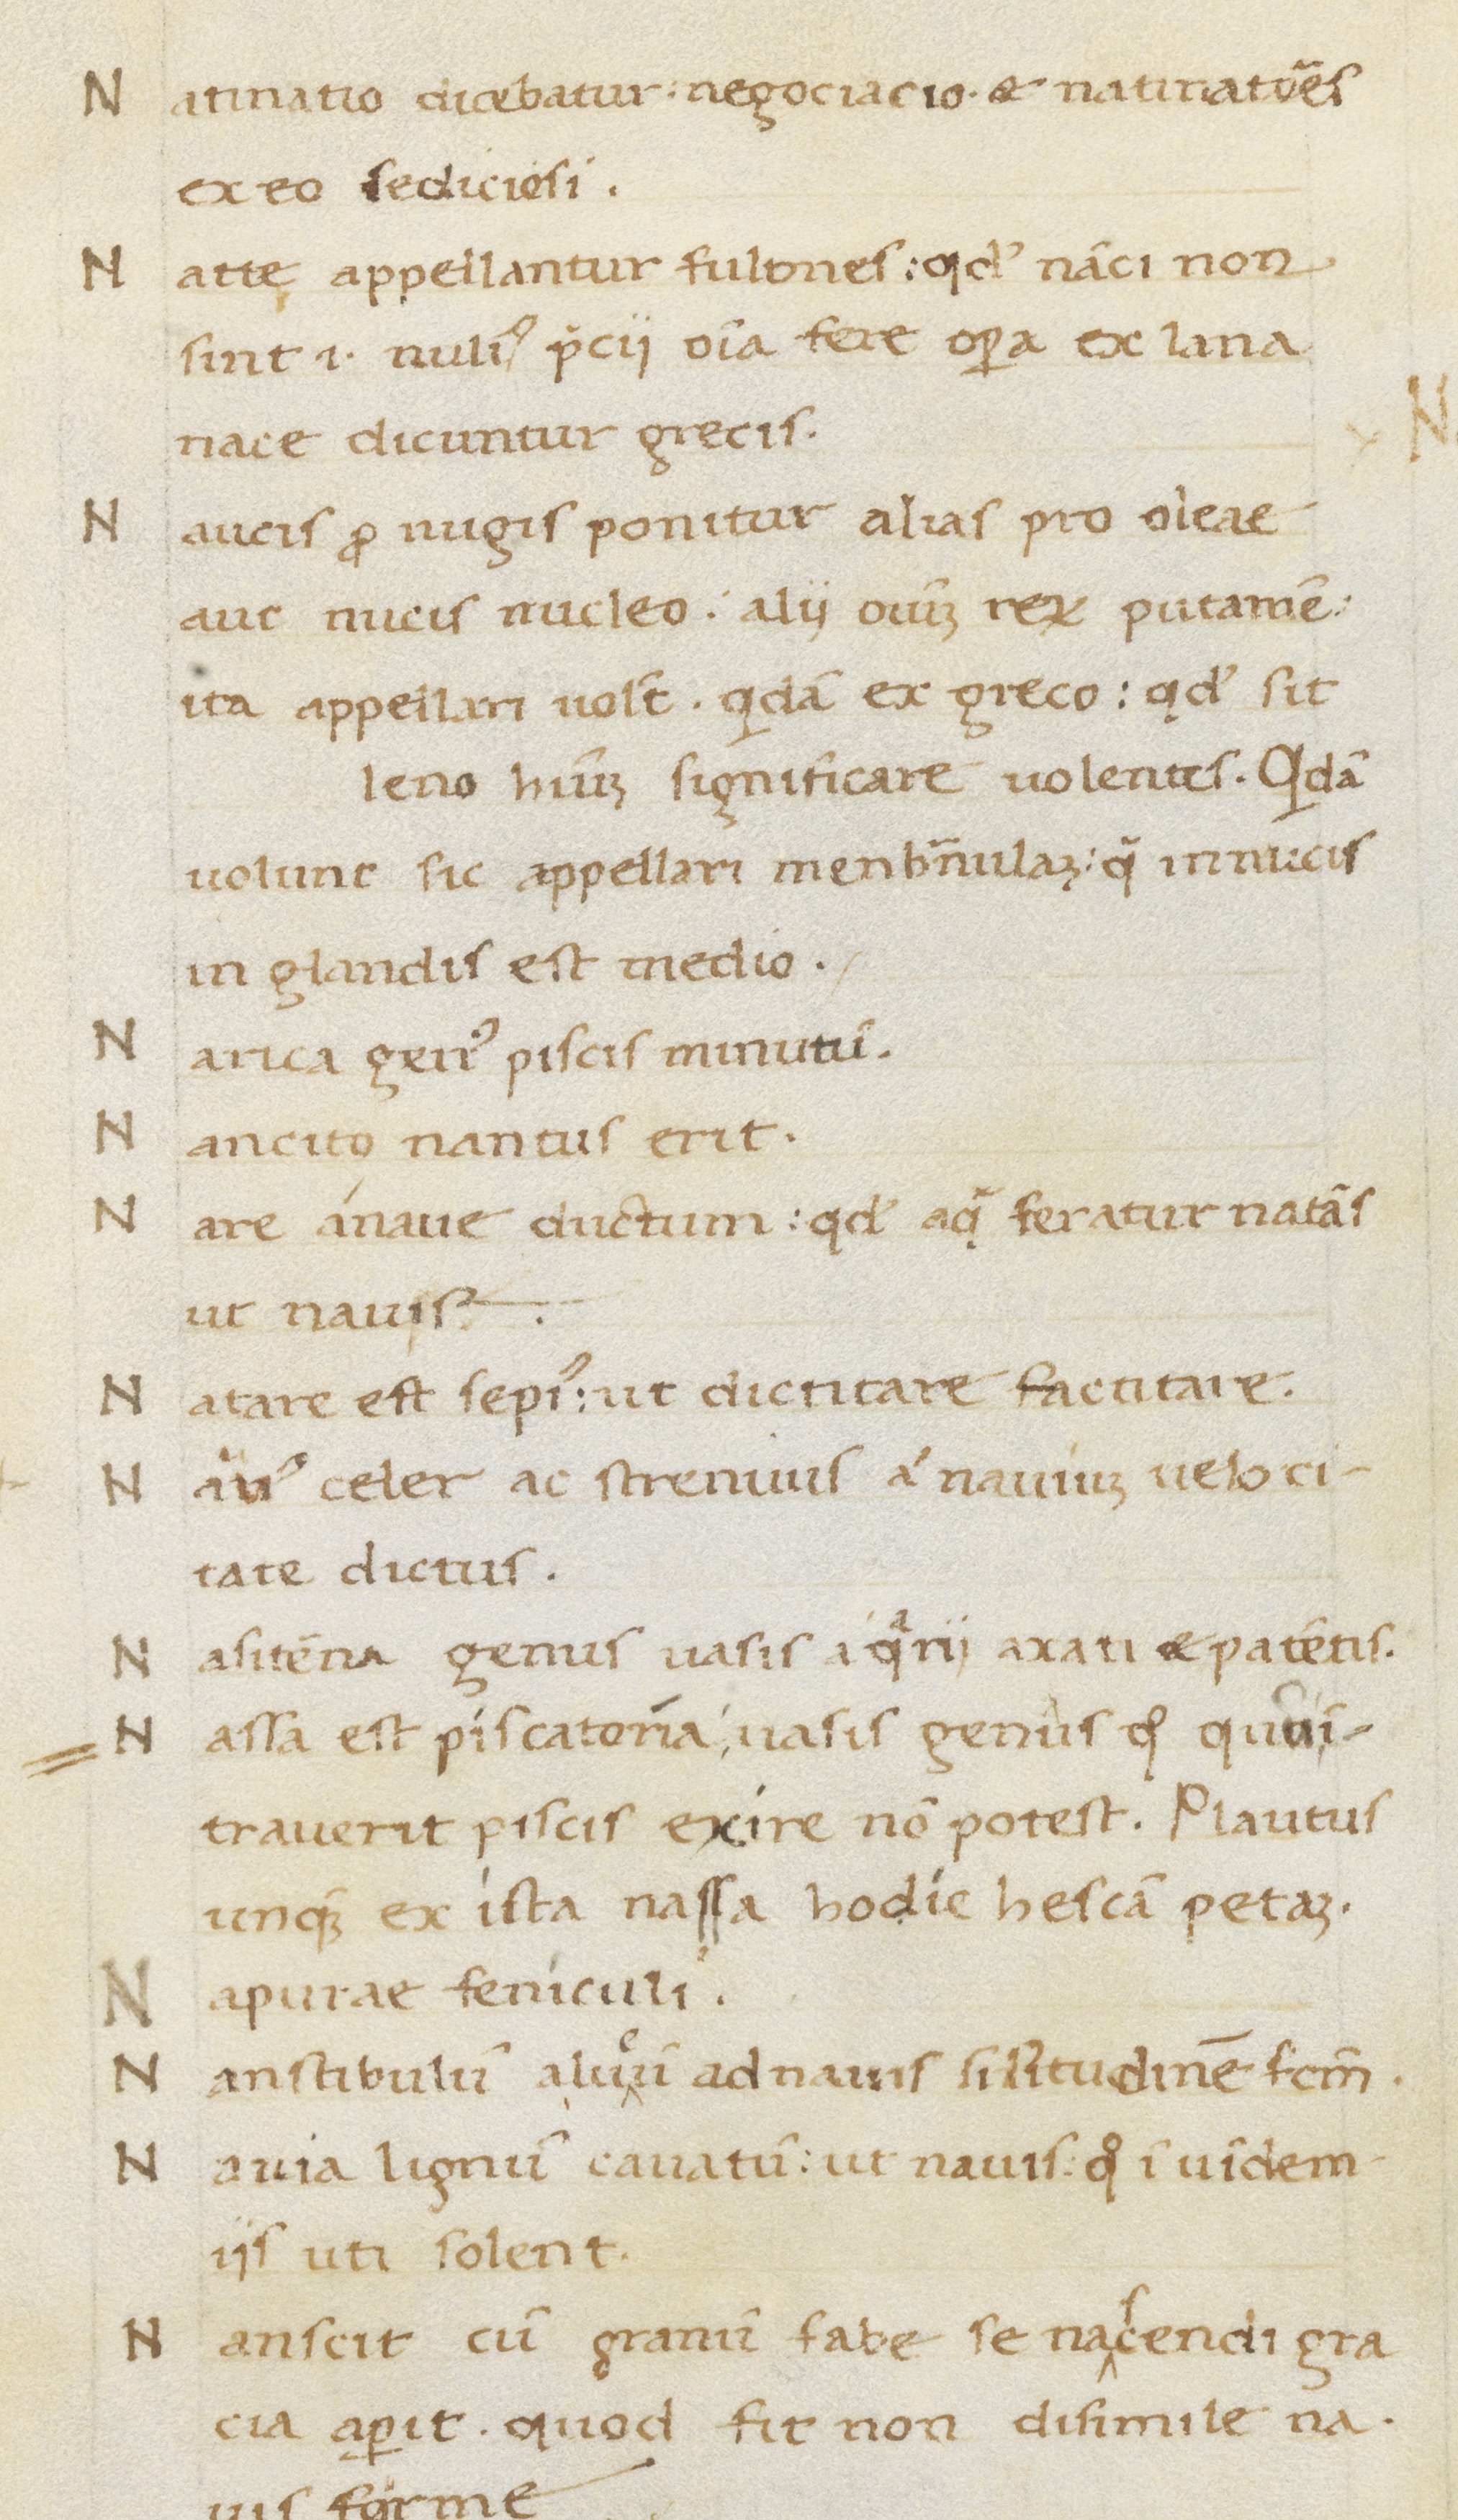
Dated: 1400–1499